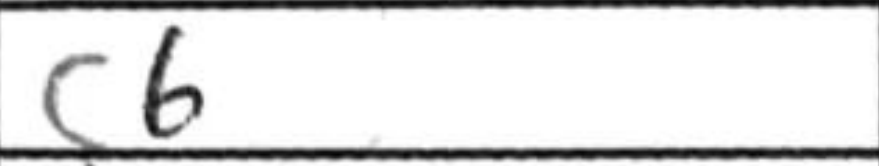
Transcription: c6